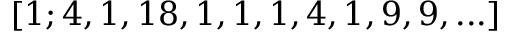
[ 1 ; 4 , 1 , 1 8 , 1 , 1 , 1 , 4 , 1 , 9 , 9 , . . . ]